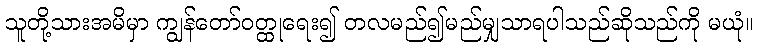
သူတို့သားအမိမှာ ကျွန်တော်ဝတ္ထုရေး၍ တလမည်၍မည်မျှသာရပါသည်ဆိုသည်ကို မယုံ။